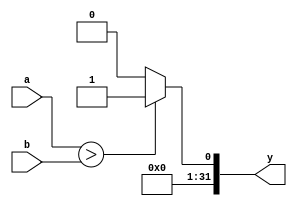
`timescale 1ns / 1ps
//////////////////////////////////////////////////////////////////////////////////
// Company: 
// Engineer: 
// 
// Design Name: 
// Module Name: ALUComp
// Project Name: 
// Target Devices: 
// Tool Versions: 
// Description: 
// 
// Dependencies: 
// 
// Revision:
// Revision 0.01 - File Created
// Additional Comments:
// 
//////////////////////////////////////////////////////////////////////////////////


module ALUComp(input [31:0]a,b,output [31:0]y);

assign y = (a>b)?'d1:'d0; 

endmodule